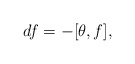
\begin{align*}df = -[\theta,f], \end{align*}